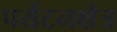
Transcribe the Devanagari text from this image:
पर्यटनक्षेत्र